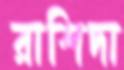
রাশিদা